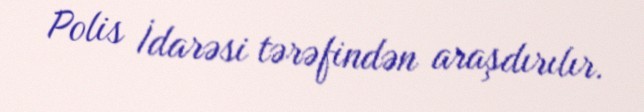
Polis İdarəsi tərəfindən araşdırılır.